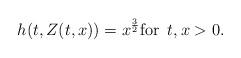
LaTeX: \begin{align*}h(t,Z(t,x)) = x^{\frac 3 2} \mbox{for } \, t, x > 0.\end{align*}